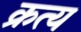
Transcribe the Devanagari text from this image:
क्रत्य